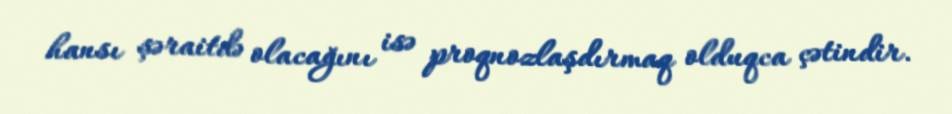
hansı şəraitdə olacağını isə proqnozlaşdırmaq olduqca çətindir.